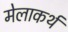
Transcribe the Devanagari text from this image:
मेलाकर्थ